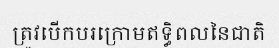
ត្រូវបើកបរក្រោមឥទ្ធិពលនៃជាតិ